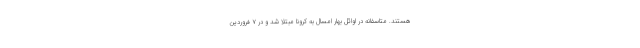
هستند. متاسفانه در اوائل بهار امسال به کرونا مبتلا شد و در ۷ فروردین